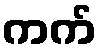
ကက်